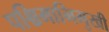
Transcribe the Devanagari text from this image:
पश्चिमाभिमुखी